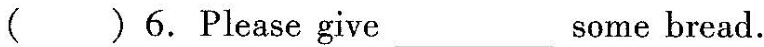
( ) 6. Please give______some bread.